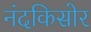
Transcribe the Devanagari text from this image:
नंदकिसोर